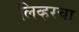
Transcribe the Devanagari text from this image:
लिव्हरचा